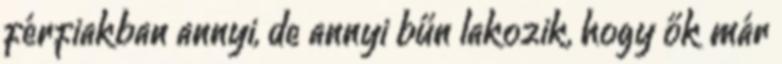
férfiakban annyi, de annyi bűn lakozik, hogy ők már